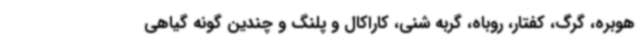
هوبره، گرگ، کفتار، روباه، گربه شنی، کاراکال و پلنگ و چندین گونه گیاهی